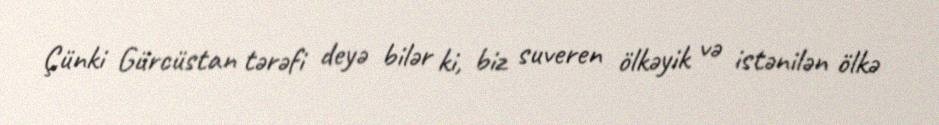
Çünki Gürcüstan tərəfi deyə bilər ki, biz suveren ölkəyik və istənilən ölkə